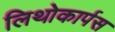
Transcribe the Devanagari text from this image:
लिथोकार्पस